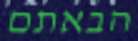
הבאתם